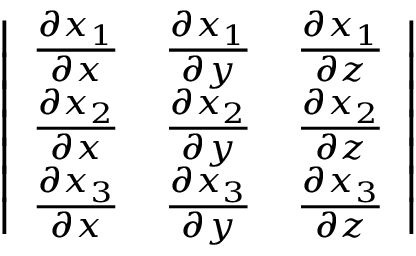
{ \left| \begin{array} { l l l } { { \frac { \partial x _ { 1 } } { \partial x } } } & { { \frac { \partial x _ { 1 } } { \partial y } } } & { { \frac { \partial x _ { 1 } } { \partial z } } } \\ { { \frac { \partial x _ { 2 } } { \partial x } } } & { { \frac { \partial x _ { 2 } } { \partial y } } } & { { \frac { \partial x _ { 2 } } { \partial z } } } \\ { { \frac { \partial x _ { 3 } } { \partial x } } } & { { \frac { \partial x _ { 3 } } { \partial y } } } & { { \frac { \partial x _ { 3 } } { \partial z } } } \end{array} \right| }